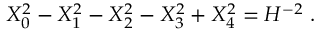
X _ { 0 } ^ { 2 } - X _ { 1 } ^ { 2 } - X _ { 2 } ^ { 2 } - X _ { 3 } ^ { 2 } + X _ { 4 } ^ { 2 } = H ^ { - 2 } \ .